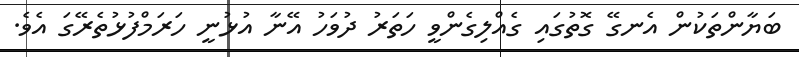
ބަޔާންތަކުން އެނގޭ ގޮތުގައި ގެއްލިގެންވީ ހަތަރު ދުވަހު އޭނާ އުޅުނީ ހަރަމްފުޅުތެރޭގަ އެވެ.